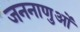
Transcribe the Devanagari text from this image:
जननाणुओं